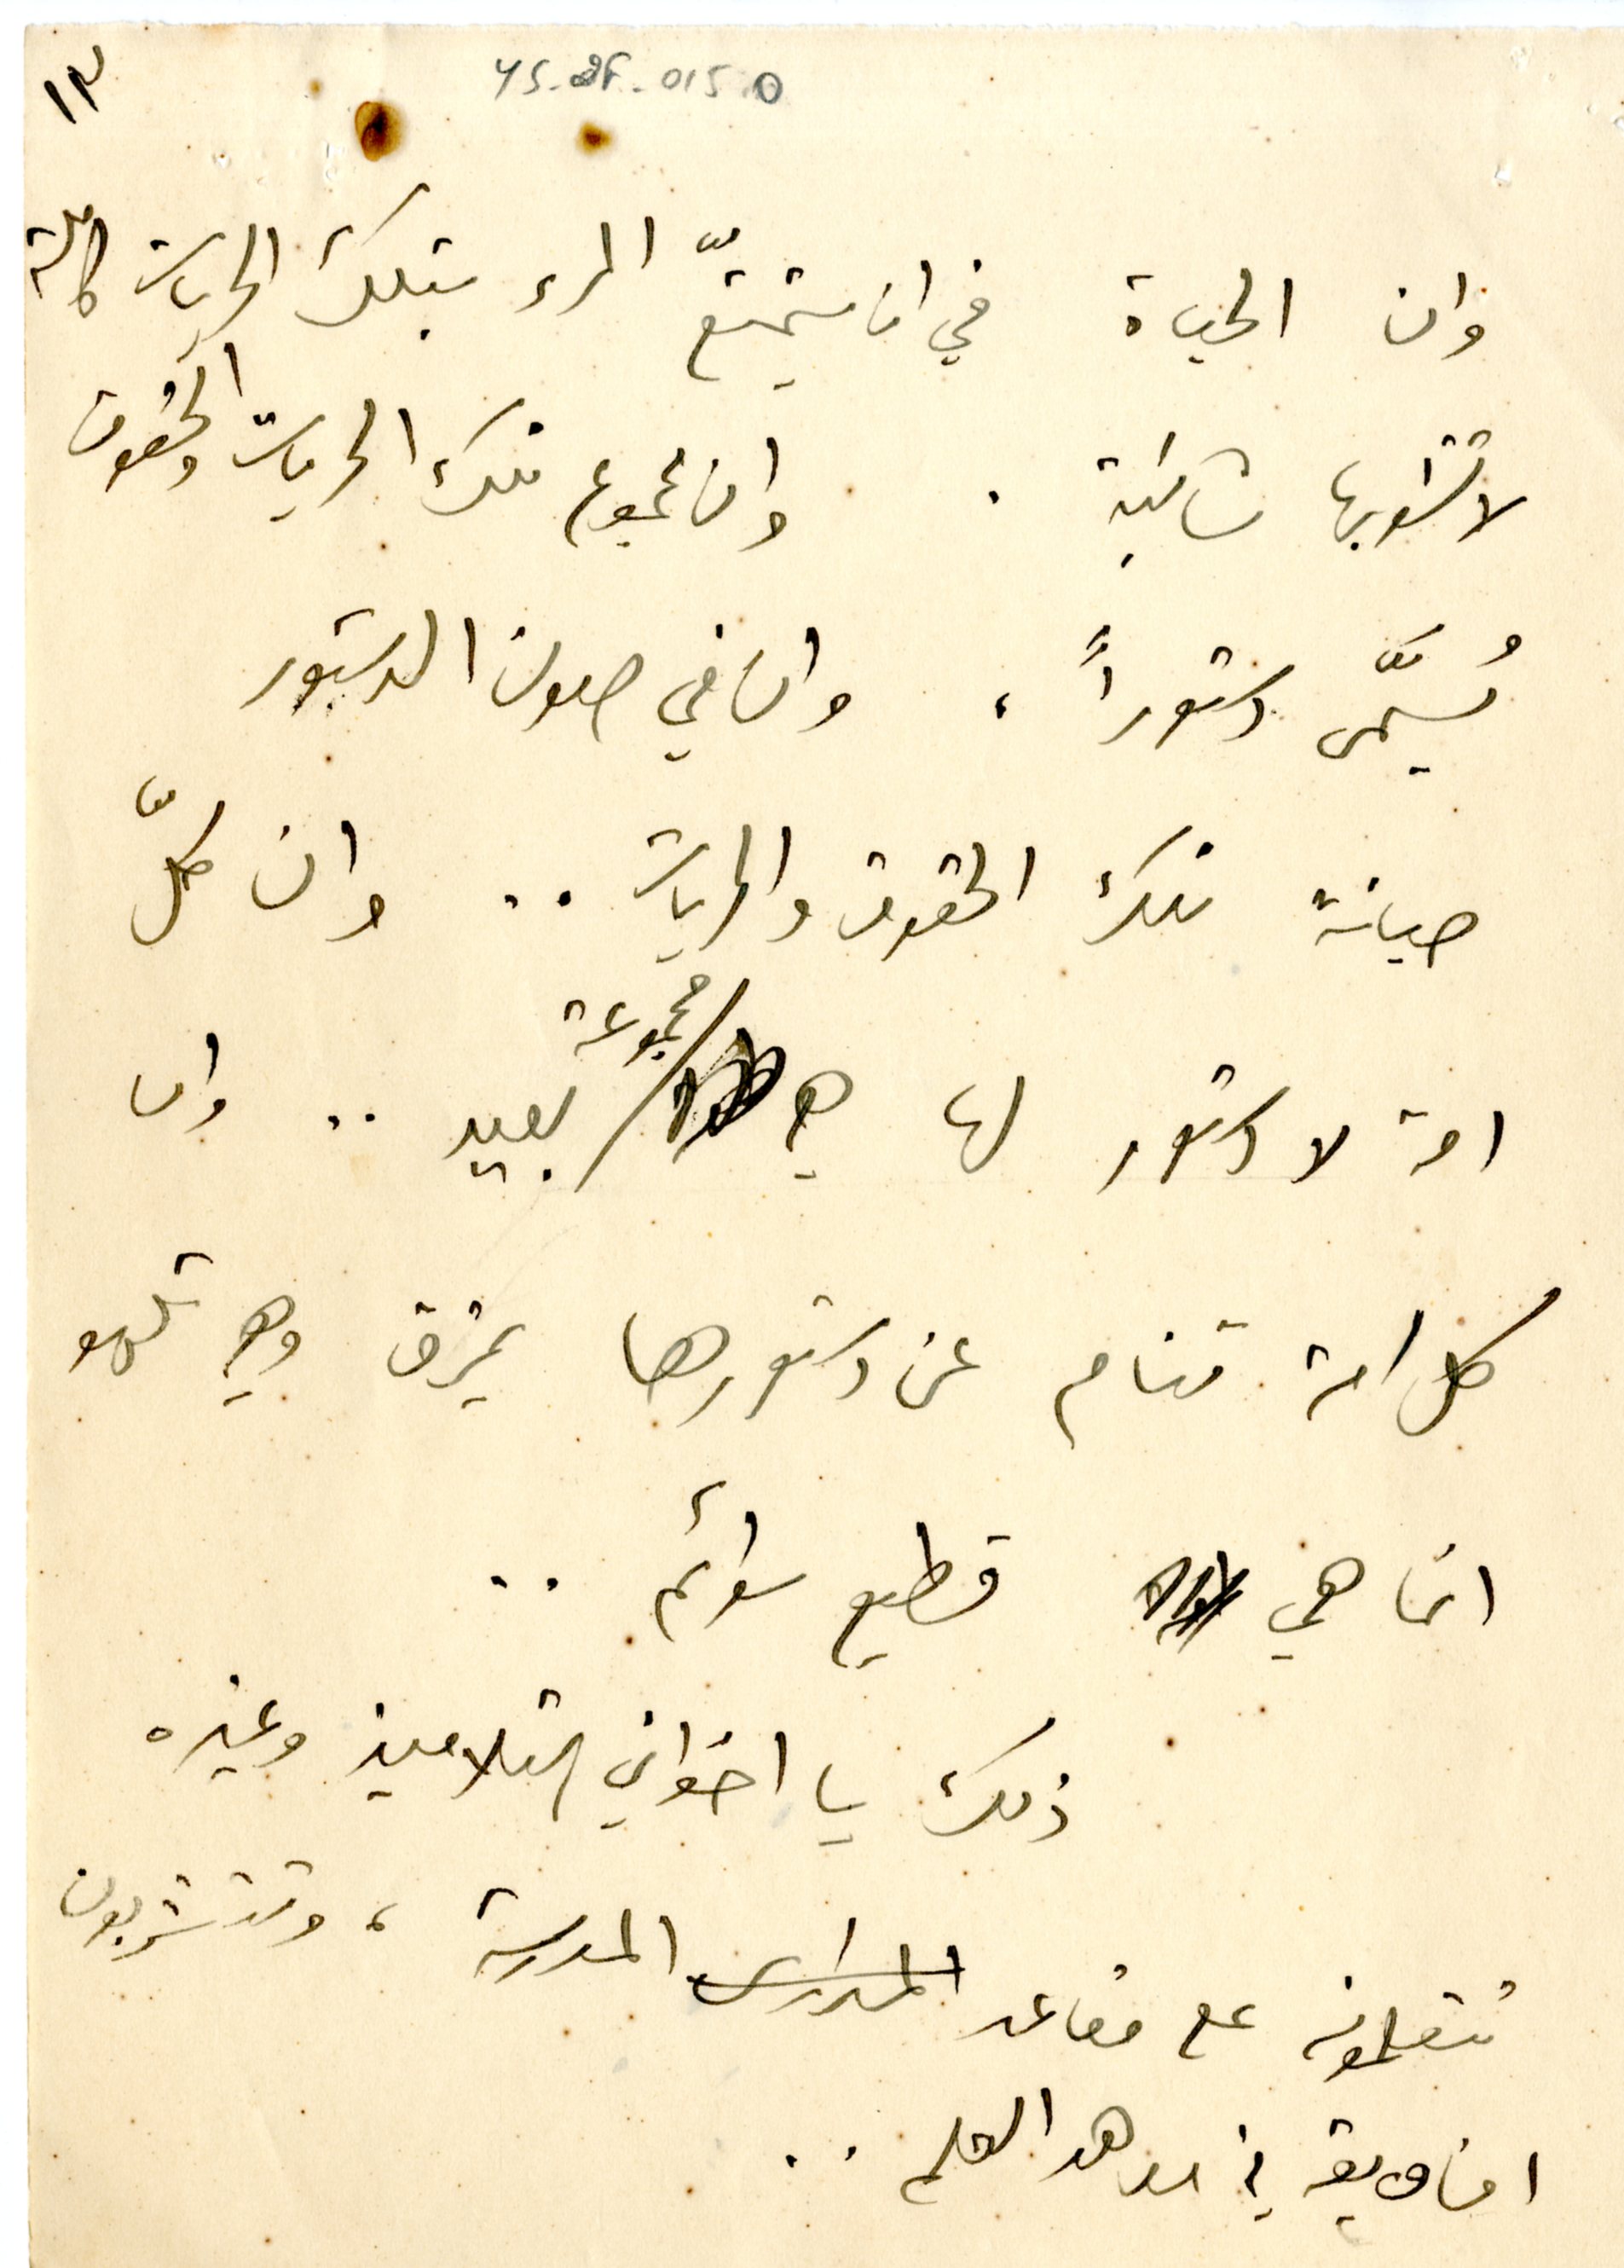
١٣	YS_2F_015O
وان الحياة في ان يتمتّع المرء بتلك الحريات كاملة
لا تشوبها شائبة. وان مجموع تلك الحريات والحقوق
يُسمَّى دستوراً، وان في صون الدستور
صيانة تلك الحقوق والحريات .. وان كلّ
امة لا دستور لها هي مجموعة بعير .. وان
كل امة تنام عن دستورها يمزق وهي تلهو
انما هي قطيع سوائم ..
ذلك يا اخواني التلاميذ وغيره
تتعلمونه على مقاعد المدرسة، وتتشربون
افاويقه في معاهد العلم ..